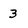
Character: 3